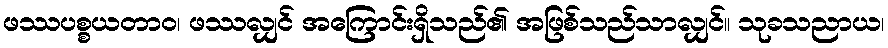
ဖဿပစ္စယတာဝ၊ ဖဿလျှင် အကြောင်းရှိသည်၏ အဖြစ်သည်သာလျှင်။ သုခသညာယ၊